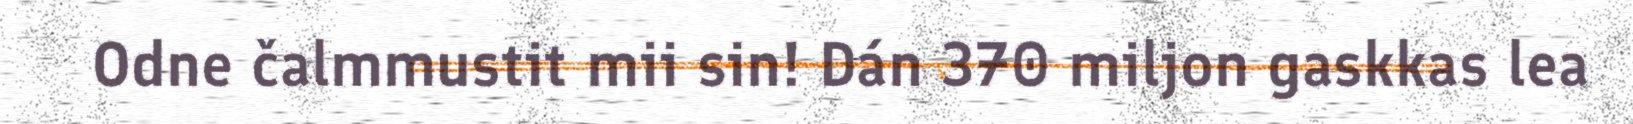
Odne čalmmustit mii sin! Dán 370 miljon gaskkas lea